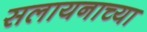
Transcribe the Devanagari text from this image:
सलायनाच्या